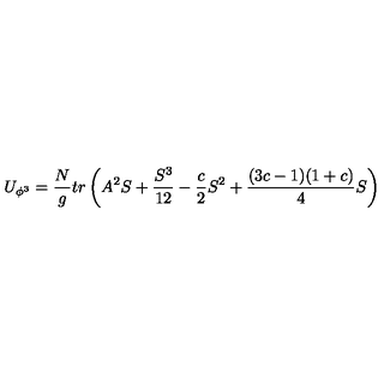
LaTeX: U _ { \phi ^ { 3 } } = { \frac { N } { g } } t r \left( A ^ { 2 } S + { \frac { S ^ { 3 } } { 1 2 } } - { \frac { c } { 2 } } S ^ { 2 } + { \frac { ( 3 c - 1 ) ( 1 + c ) } { 4 } } S \right)